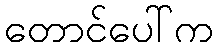
တောင်ပေါ်က